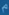
m